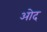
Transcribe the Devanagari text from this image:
ओद